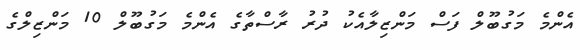
އެންމެ މަގުބޫލް ފަސް މަންޒިލާއެކު ދުރު ރާސްތާގެ އެންމެ މަގުބޫލް 10 މަންޒިލްގެ